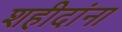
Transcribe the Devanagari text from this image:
शहीदांना